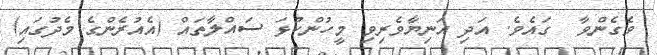
ވެގެންވާ  ގައެވެ. އަދި އަނިޔާވެރިވި މީހުންކުޅަ ސައްލާތައް (އެއުރެންގެ މެދުގައި)